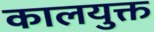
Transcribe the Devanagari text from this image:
कालयुक्त